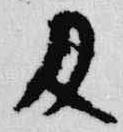
及